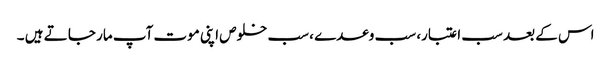
اس کے بعد سب اعتبار، سب وعدے ، سب خلوص اپنی موت آپ مار جا تے ہیں ۔